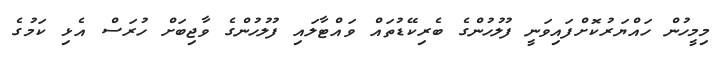
މިމީހުން ހައްޔަރުކޮށްފައިވަނީ ފުލުހުންގެ ބެރިކޭޑުތައް ވައްޓާލައި ފުލުހުންގެ ވާޖިބަށް ހުރަސް އެޅި ކަމުގެ